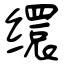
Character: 缳